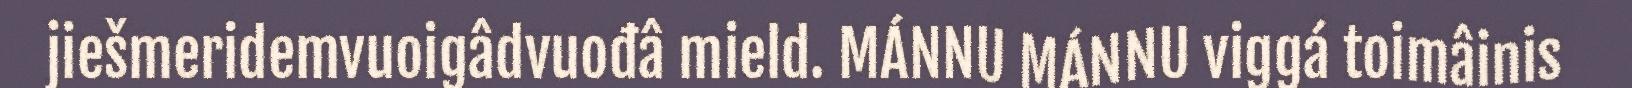
jiešmeridemvuoigâdvuođâ mield. MÁNNU MÁNNU viggá toimâinis